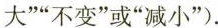
大””不变”或”减小”).